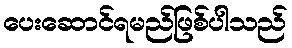
ပေးဆောင်ရမည်ဖြစ်ပါသည်